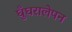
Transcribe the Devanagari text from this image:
घुँघरालेपन